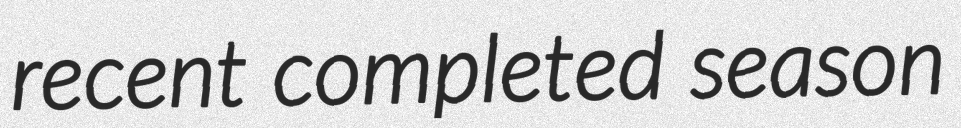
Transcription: recent completed season